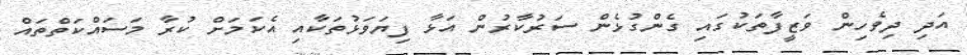
އަދި ދިވެހިން ވަޒީފާތަކުގައި ގެންގުޅެން ސަރުކާރުން އަޅާ ފިޔަވަޅުތަކާއި އެކަމަށް ކުރާ މަސައްކަތްތައް